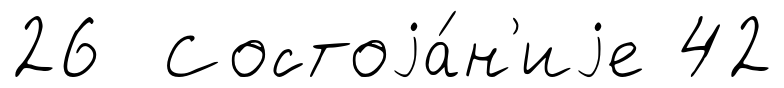
26 Состоjа́н'иjе 42